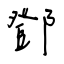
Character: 鄧